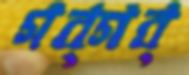
গব্‌গব্‌